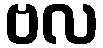
ဗလ